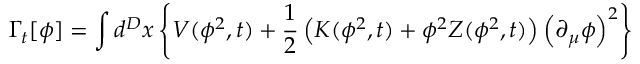
\Gamma _ { t } [ \phi ] = \int d ^ { D } x \left\{ V ( \phi ^ { 2 } , t ) + \frac { 1 } { 2 } \left( K ( \phi ^ { 2 } , t ) + \phi ^ { 2 } Z ( \phi ^ { 2 } , t ) \right) \left( \partial _ { \mu } \phi \right) ^ { 2 } \right\}